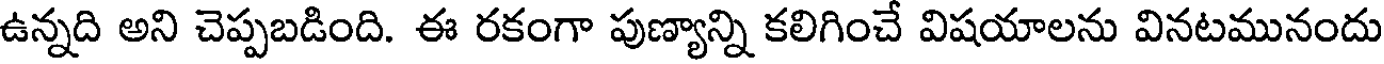
ఉన్నది అని చెప్పబడింది. ఈ రకంగా పుణ్యాన్ని కలిగించే విషయాలను వినటమునందు